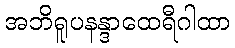
အဘိရူပနန္ဒာထေရီဂါထာ